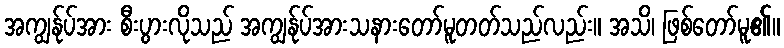
အကျွန်ုပ်အား စီးပွားလိုသည် အကျွန်ုပ်အားသနားတော်မူတတ်သည်လည်း။ အသိ၊ ဖြစ်တော်မူ၏။